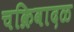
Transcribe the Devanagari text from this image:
चक्रिवादळ